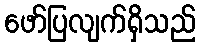
ဖော်ပြလျက်ရှိသည်